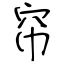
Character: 帘